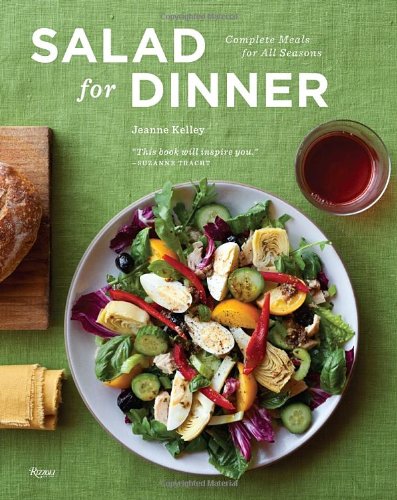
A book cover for Salad for Dinner: Complete Meals for All Seasons; Jeanne Kelley; Cookbooks, Food & Wine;